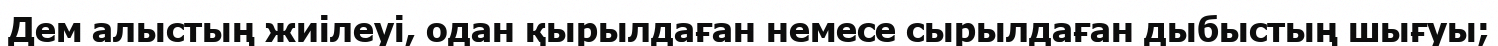
Дем алыстың жиілеуі, одан қырылдаған немесе сырылдаған дыбыстың шығуы;